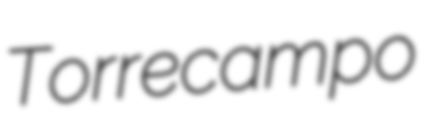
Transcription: Torrecampo